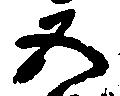
五